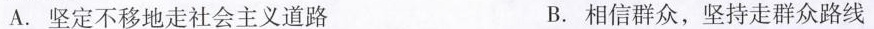
A.坚定不移地走社会主义道路 B.相信群众，坚持走群众路线